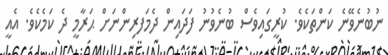
ނުބުނެވޭނެ ކަންތަކެވެ. ކުރީގައިވެސް ބުނެވުނު ފަދައިން ދެމަފރިންނަށް ޙަރާމީ ދެ ކަމެކެވެ. އެއީ